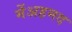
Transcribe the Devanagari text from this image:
मेंअहमद